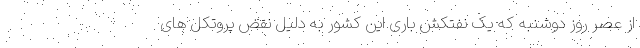
از عصر روز دوشنبه که یک نفتکش باری این کشور به دلیل نقض پروتکل های